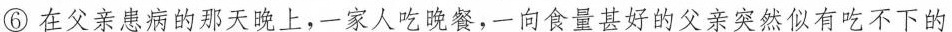
⑥在父亲患病的那天晚上，一家人吃晚餐，一向食量甚好的父亲突然似有吃不下的